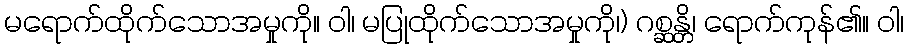
မရောက်ထိုက်သောအမှုကို။ ဝါ၊ မပြုထိုက်သောအမှုကို၊) ဂစ္ဆန္တိ၊ ရောက်ကုန်၏။ ဝါ၊